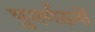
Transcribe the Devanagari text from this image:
पुनर्गठनों